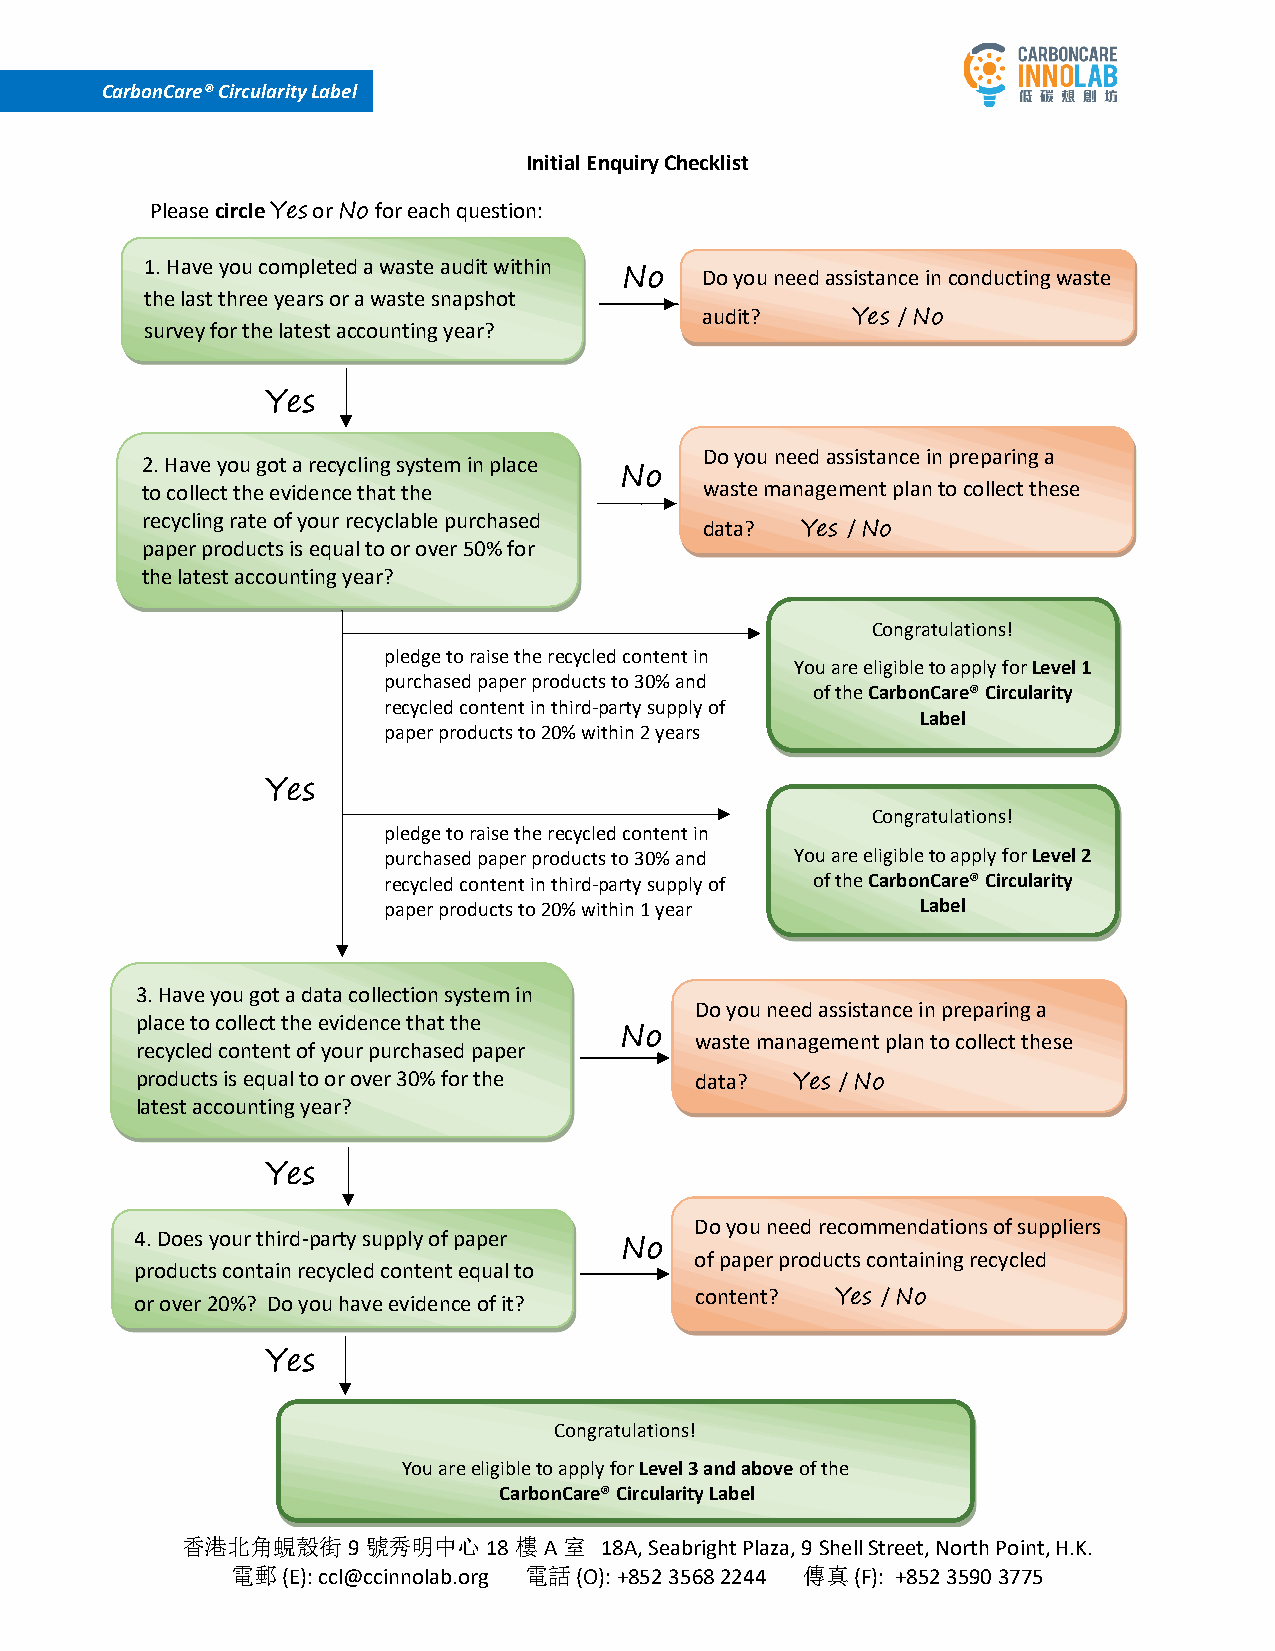
CarbonCare® Circularity Label
 Initial Enquiry Checklist
 Please circle Yes or No for each question:
 1 .Have you completed a waste audit within
 No   Do you need assistance in conducting waste
 the last three years or a waste snapshot
 audit?    Yes / No
 survey for the latest accounting year?
 Yes
 Do you need assistance in preparing a
 2.Have you got a recycling system in place
 No
 to collect the evidence that the      waste management plan to collect these
 recycling rate of your recyclable purchased
 data? Yes / No
 paper products is equal to or over 50% for
 th e latest accounting year?
 Congratulations!
 pledge to raise the recycled content in
 You are eligible to apply for Level 1
 purchased paper products to 30% and
 of the CarbonCare® Circularity
 recycled content in third-party supply of
 Label
 paper products to 20% within 2 years
 Yes
 Congratulations!
 pledge to raise the recycled content in
 purchased paper products to 30% and You are eligible to apply for Level 2
 recycled content in third-party supply of of the CarbonCare® Circularity
 paper products to 20% within 1 year Label
 3.Have you got a data collection system in
 Do you need assistance in preparing a
 place to collect the evidence that the
 No   waste management plan to collect these
 re cycled content of your purchased paper
 products is equal to or over 30% for the data? Yes / No
 la test accounting year?
 Yes
 Do you need recommendations of suppliers
 4. Does your third-party supply of paper
 No
 of paper products containing recycled
 products contain recycled content equal to
 or over 20%? Do you have evidence of it? content? Yes / No
 Yes
 Congratulations!
 You are eligible to apply for Level 3 and above of the
 CarbonCare® Circularity Label
 香港北角蜆殼街9號秀明中心18樓A室          18A, Seabright Plaza, 9 Shell Street, North Point, H.K.
 電郵  (E): ccl@ccinnolab.org 電話 (O): +852 3568 2244 傳真 (F): +852 3590 3775